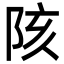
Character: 陔